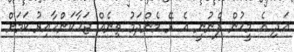
އަދި އެ މީހުން ފެނުނީ އެ ރޭ މެންދަމު ތިނެއް ޖަހާކަންހާއިރު ކަމަށް